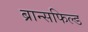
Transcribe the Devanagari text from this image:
ब्रान्सफिल्ड